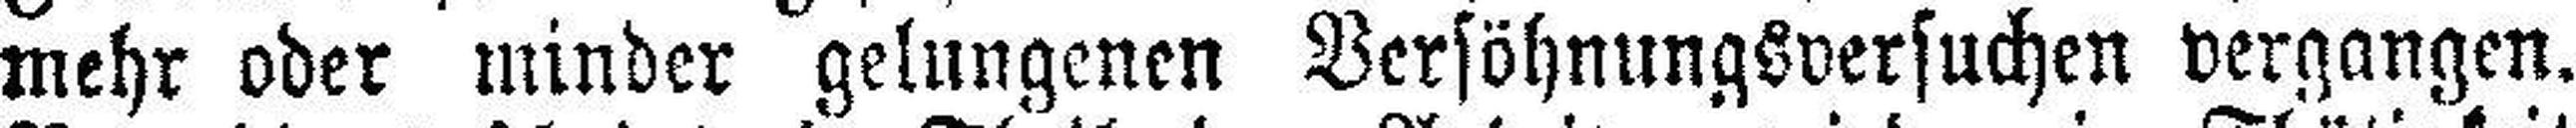
mehr oder minder gelungenen Versöhnungsversuchen vergangen.